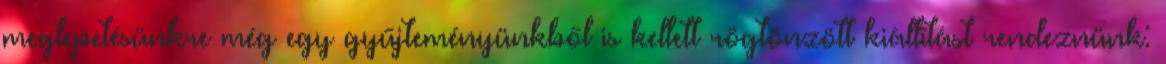
meglepetésünkre még egy gyűjteményünkből is kellett rögtönzött kiállítást rendeznünk: